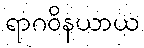
ရာဂဝိနယာယ